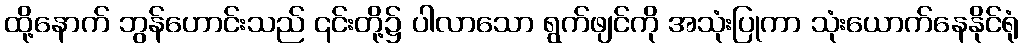
ထို့နောက် ဘွန်ဟောင်းသည် ၎င်းတို့၌ ပါလာသော ရွက်ဖျင်ကို အသုံးပြုကာ သုံးယောက်နေနိုင်ရုံ